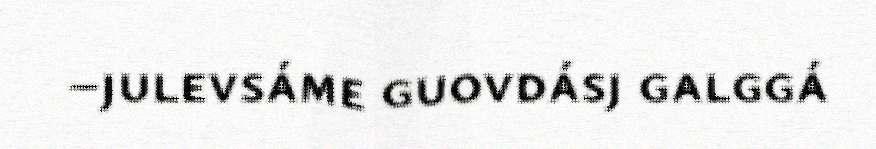
–julevsáme guovdásj galggá